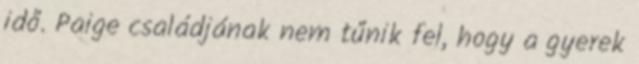
idő. Paige családjának nem tűnik fel, hogy a gyerek